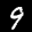
Label: 9